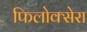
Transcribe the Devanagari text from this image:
फिलोक्सेरा